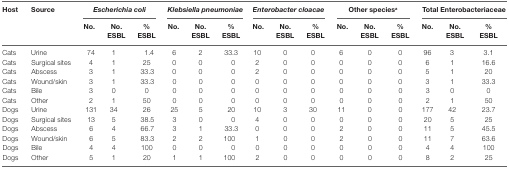
| Host | Source | <COLSPAN=3> Escherichia coli | <COLSPAN=3> Klebsiella pneumoniae | <COLSPAN=3> Enterobacter cloacae | <COLSPAN=3> Other speciesa | <COLSPAN=3> Total Enterobacteriaceae |
 |  |  | No. | No. ESBL | % ESBL | No. | No. ESBL | % ESBL | No. | No. ESBL | % ESBL | No. | No. ESBL | % ESBL | No. | No. ESBL | % ESBL |
 | --- | --- | --- | --- | --- | --- | --- | --- | --- | --- | --- | --- | --- | --- | --- | --- | --- |
 | Cats | Urine | 74 | 1 | 1.4 | 6 | 2 | 33.3 | 10 | 0 | 0 | 6 | 0 | 0 | 96 | 3 | 3.1 |
 | Cats | Surgical sites | 4 | 1 | 25 | 0 | 0 | 0 | 2 | 0 | 0 | 0 | 0 | 0 | 6 | 1 | 16.6 |
 | Cats | Abscess | 3 | 1 | 33.3 | 0 | 0 | 0 | 2 | 0 | 0 | 0 | 0 | 0 | 5 | 1 | 20 |
 | Cats | Wound/skin | 3 | 1 | 33.3 | 0 | 0 | 0 | 0 | 0 | 0 | 0 | 0 | 0 | 3 | 1 | 33.3 |
 | Cats | Bile | 3 | 0 | 0 | 0 | 0 | 0 | 0 | 0 | 0 | 0 | 0 | 0 | 3 | 0 | 0 |
 | Cats | Other | 2 | 1 | 50 | 0 | 0 | 0 | 0 | 0 | 0 | 0 | 0 | 0 | 2 | 1 | 50 |
 | Dogs | Urine | 131 | 34 | 26 | 25 | 5 | 20 | 10 | 3 | 30 | 11 | 0 | 0 | 177 | 42 | 23.7 |
 | Dogs | Surgical sites | 13 | 5 | 38.5 | 3 | 0 | 0 | 4 | 0 | 0 | 0 | 0 | 0 | 20 | 5 | 25 |
 | Dogs | Abscess | 6 | 4 | 66.7 | 3 | 1 | 33.3 | 0 | 0 | 0 | 2 | 0 | 0 | 11 | 5 | 45.5 |
 | Dogs | Wound/skin | 6 | 5 | 83.3 | 2 | 2 | 100 | 1 | 0 | 0 | 2 | 0 | 0 | 11 | 7 | 63.6 |
 | Dogs | Bile | 4 | 4 | 100 | 0 | 0 | 0 | 0 | 0 | 0 | 0 | 0 | 0 | 4 | 4 | 100 |
 | Dogs | Other | 5 | 1 | 20 | 1 | 1 | 100 | 2 | 0 | 0 | 0 | 0 | 0 | 8 | 2 | 25 |